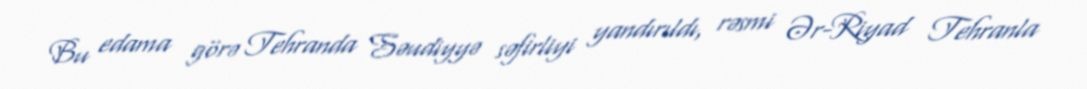
Bu edama görə Tehranda Səudiyyə səfirliyi yandırıldı, rəsmi Ər-Riyad Tehranla